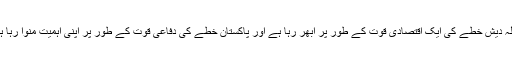
بنگلہ دیش خطے کی ایک اقتصادی قوت کے طور پر اُبھر رہا ہے اور پاکستان خطے کی دفاعی قوت کے طور پر اپنی اہمیت منوا رہا ہے!